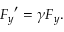
{ F _ { y } } ^ { \prime } = \gamma F _ { y } .